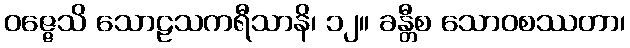
ဝဇ္ဇေသိ သောဠသကရီသာနိ၊ ၁၂။ ခန္တီစ သောဝစဿတာ၊